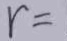
r =